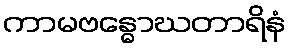
ကာမဗန္ဓောဃတာရိနံ